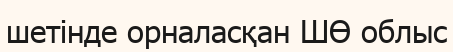
шетінде орналасқан ШӨ облыс